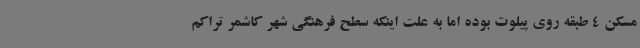
مسکن 4 طبقه روی پیلوت بوده اما به علت اینکه سطح فرهنگی شهر کاشمر تراکم